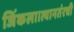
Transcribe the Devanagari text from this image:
जिंकला।त्यानतंरची